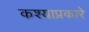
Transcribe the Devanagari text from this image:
कश्याप्रकारे